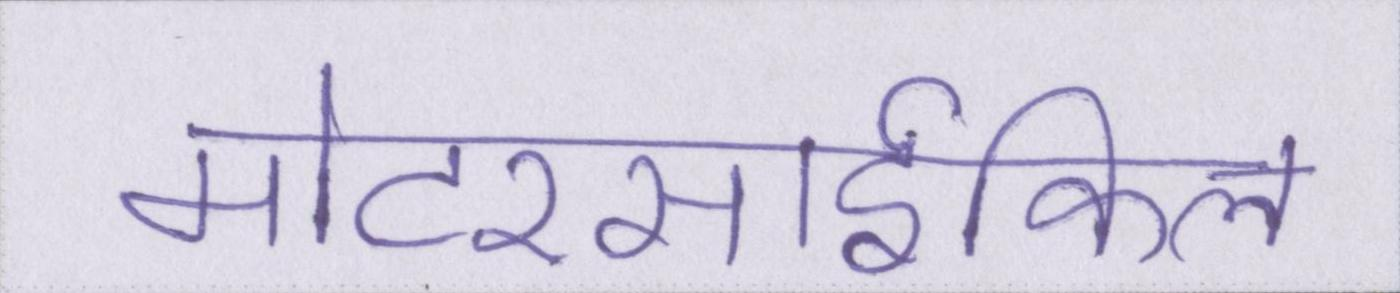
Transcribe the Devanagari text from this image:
मोटरसार्इकिल